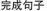
完成句子